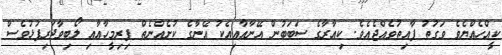
ކީއްހެއްޔެވެ ވަގުތު ފާއިތުވެއްޖެއެވެ. ކިއާރާގެ ސަބަބުން އޭނާއާއިއެކު އޭނާގެ ކުށެއްނެތް ފިރިމީހާއާއި ލޯބިވާދަރިފުޅުވެސް